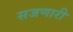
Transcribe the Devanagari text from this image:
सजणारी